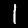
Digit: 1